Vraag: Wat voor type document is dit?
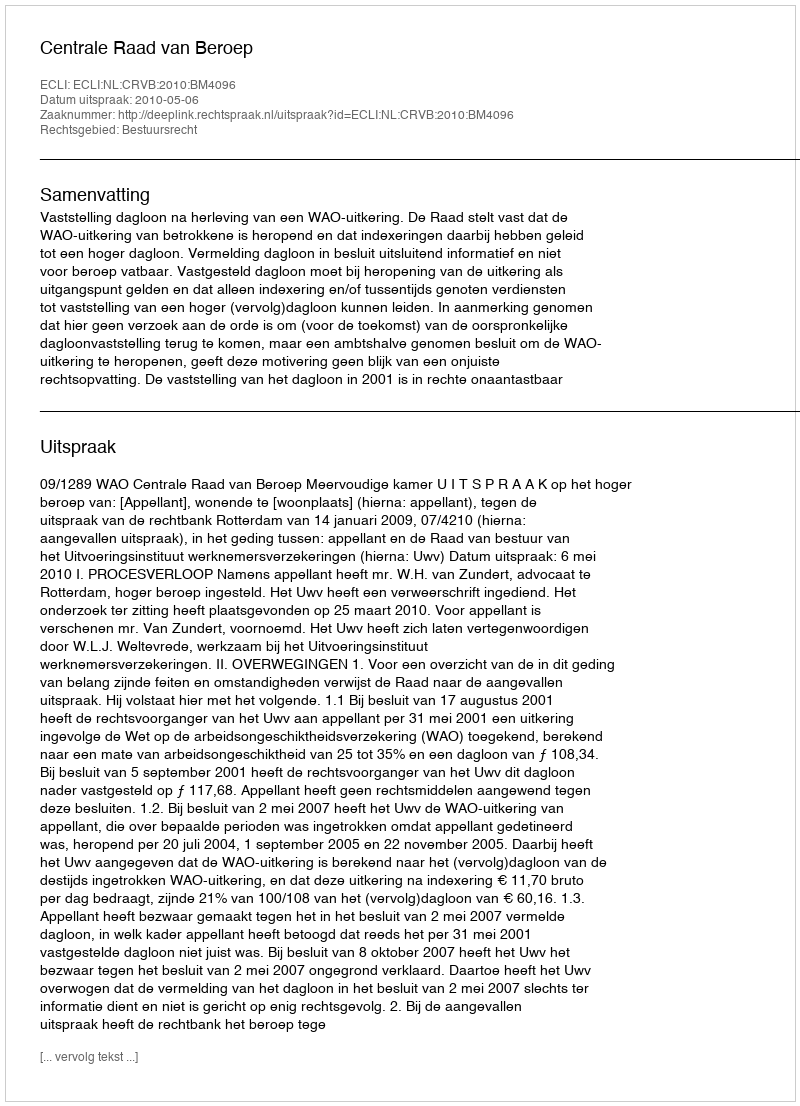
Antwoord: Uitspraak